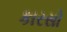
કારસો